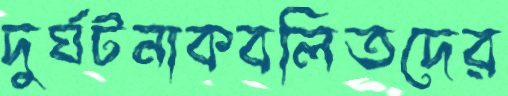
দুর্ঘটনাকবলিতদের